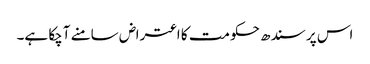
اس پر سندھ حکومت کا اعتراض سامنے آچکا ہے۔